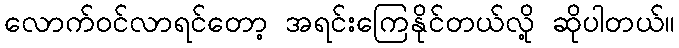
လောက်ဝင်လာရင်တော့ အရင်းကြေနိုင်တယ်လို့ ဆိုပါတယ်။